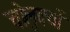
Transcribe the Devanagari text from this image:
चोलुक्यों